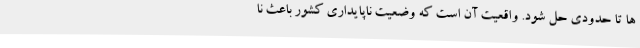
ها تا حدودی حل شود. واقعیت آن است که وضعیت ناپایداری کشور باعث نا